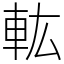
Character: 䡌